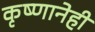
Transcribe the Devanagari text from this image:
कृष्णानेही